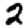
Digit: 2